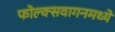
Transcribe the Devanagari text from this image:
फोल्क्सवागनमध्ये